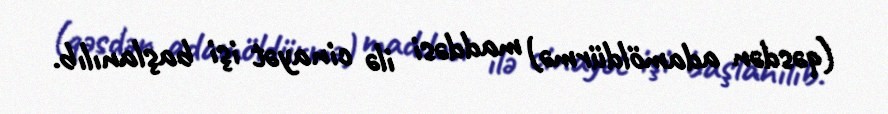
(qəsdən adamöldürmə) maddəsi ilə cinayət işi başlanılıb.